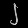
Digit: ၂